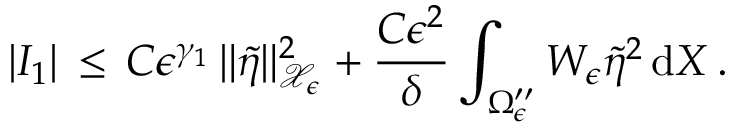
| I _ { 1 } | \, \le \, C \epsilon ^ { \gamma _ { 1 } } \, \| \tilde { \eta } \| _ { \mathcal { X } _ { \epsilon } } ^ { 2 } + \frac { C \epsilon ^ { 2 } } { \delta } \int _ { \Omega _ { \epsilon } ^ { \prime \prime } } W _ { \epsilon } \tilde { \eta } ^ { 2 } \, \mathrm { d } X \, .